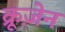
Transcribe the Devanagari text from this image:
क्रूज़ेन